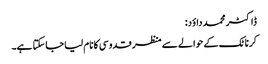
ڈاکٹر محمد داؤد:
کرناٹک کے حوالے سے منظر قدوسی کا نام لیا جاسکتا ہے۔